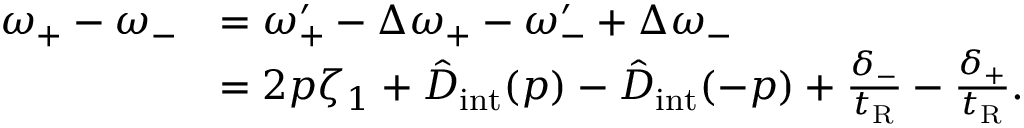
\begin{array} { r l } { \omega _ { + } - \omega _ { - } } & { = \omega _ { + } ^ { \prime } - \Delta \omega _ { + } - \omega _ { - } ^ { \prime } + \Delta \omega _ { - } } \\ & { = 2 p \zeta _ { 1 } + \hat { D } _ { \mathrm { i n t } } ( p ) - \hat { D } _ { \mathrm { i n t } } ( - p ) + \frac { \delta _ { - } } { t _ { \mathrm { R } } } - \frac { \delta _ { + } } { t _ { \mathrm { R } } } . } \end{array}